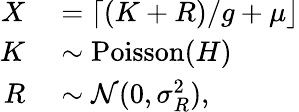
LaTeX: \begin{array}{rl}{X}&{{}=\lceil(K+R)/g+\mu\rfloor}\\ {K}&{{}\sim\operatorname{Poisson}(H)}\\ {R}&{{}\sim\mathcal N(0,\sigma_{R}^{2}),}\end{array}